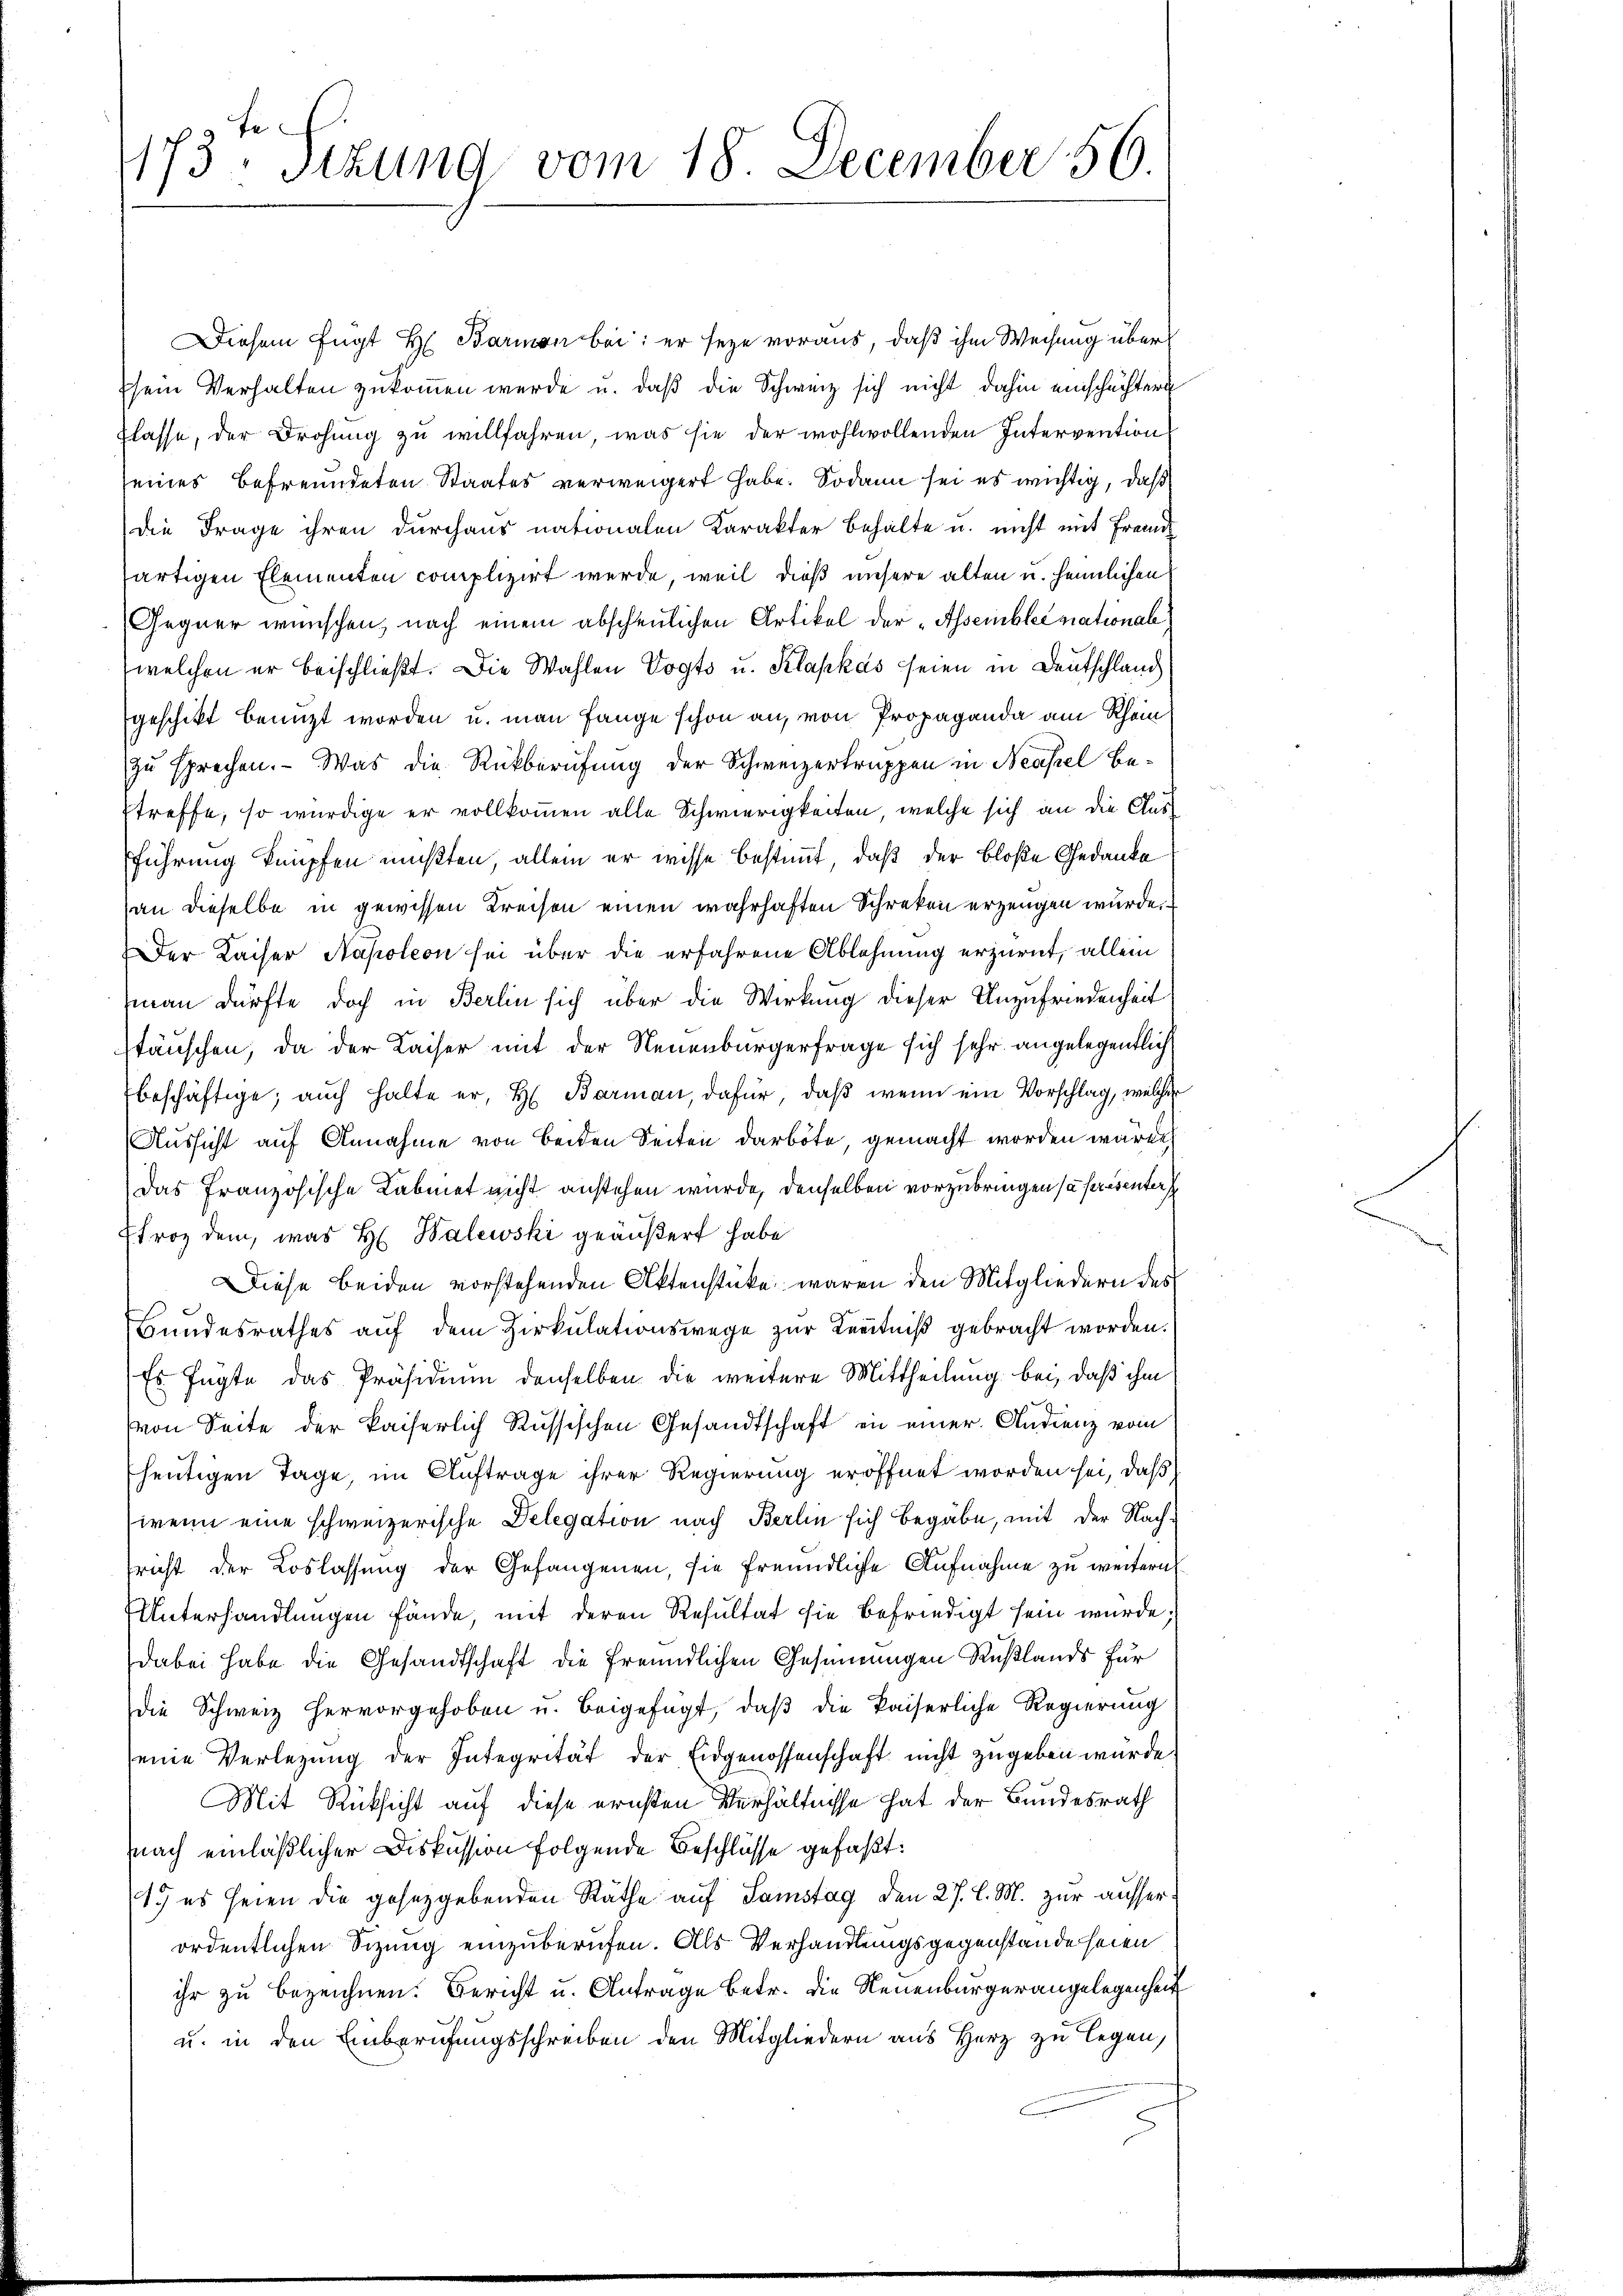
173te Sitzung vom 18. December 56.

Diesem fügt H. Barmen bei: er seye voraus, daß ihm Weisung übersein Verhalten zukommen werde u. daß die Schweiz sich nicht dahin einschachtern
flasse, der Drohung zu willfahren, was sie der wohlwollenden Intervention
eines befreundeten Staates verweigert habe. Sodann sei es wichtig, daß
Die Frage ihren durchaus nationalen Karakter behalte u. nicht mit Fremd
artigen Elementen complizirt werde, weil dieß unsere alten u. heimlichen
Gegner wünschen, nach einem abscheulichen Artikel der „Assemblec mationale
welchen er beischließt. Die Wahlen Vogts u. Klapkas seien in Deutschland
geschikt benuzt worden u. man fange schon an, von Propaganda am Rheinzu sprechen. - Was die Rückberufung der Schweizertruppen in Neapel betreffe, so würdige er vollkommen alle Schwierigkeiten, welche sich an die Ausführung knüpfen mußten, allein er wisse bestimmt, daß der bloße Gedanke
(an dieselbe in gewissen Kreisen einen wahrhaften Schreken erzeugen wurde.
Der Kaiser Napoleon sei über die erfahrene Ablehnung erzürnt, allein
man dürfte doch in Berlin sich über die Wirkung dieser Unzufriedenheit
stäuschen, da der Kaiser mit der Neuenburgerfrage sich sehr angelegentlich
beschäftige, auch halte er, H. Barman, dafür, daß wenn ein Vorschlag, welcher
Aussicht auf Annahme von beiden Seiten darbote, gemacht werden wären
Das französische Labmet nicht anstehen wurde, denselben vorzubringen sa presenters
froz dem, was H: Walewski geäußert habe
Diese beiden vorstehenden Aktenstücke waren den Mitgliedern des
Bundesrathes auf dem Zirkulationswege zur Kenntniß gebracht worden.
Es fügte das Präsidium denselben die weitere Mittheilung bei, daß ihm
von Seite der kaiserlich Russischen Gesandtschaft in einer Andrenz vom
heutigen Tage, im Auftrage ihrer Regierung eröffnet worden sei, daß
wenn eine schweizerische Delegation nach Berlin sich begäbe, mit der Nachfricht der Loslassung der Gefangenen, sie freundliche Aufnahme zu weitern
Unterhandlungen fände, mit deren Resultat sie befriedigt sein würde;
dabei habe die Gesandtschaft die freundlichen Gesinnungen Rußlands für
die Schweiz hervorgehoben u. beigefügt, daß die kaiserliche Regierung
seine Verlegung der Integrität der Eidgenossenschaft nicht zugeben wurde.
Mit Rücksicht auf diese ernsten Verhältnisse hat der Bundesrath
nach einläßlicher Diskussion folgende Beschlüsse gefaßt:
1. es seien die gesetzgebenden Räthe auf Samstag den 27. l. M. zur ausserordentlichen Sizung einzuberufen. Als Verhandlungsgegenstände seien
ihr zu bezeichnen. Bericht u. Antrage betr. die Neuenburgerangelegenheit
u. in den Einberufungsschreiben den Mitgliedern aus Herz zu legen,